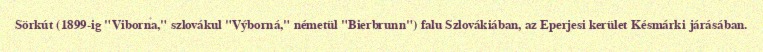
Sörkút (1899-ig "Viborna," szlovákul "Výborná," németül "Bierbrunn") falu Szlovákiában, az Eperjesi kerület Késmárki járásában.